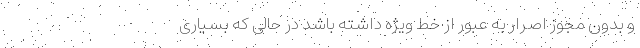
و بدون مجوز اصرار به عبور از خط ویژه داشته باشد در حالی که بسیاری